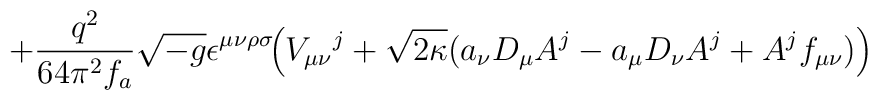
+\frac{q^2}{64\pi^2f_a}\sqrt{-g}\epsilon^{\mu\nu\rho\sigma}\!\Big(V_{\mu\nu}{}^j+\sqrt{2\kappa}(a_\nu D_\mu A^j-a_\mu D_\nu A^j+A^j f_{\mu\nu})\Big)